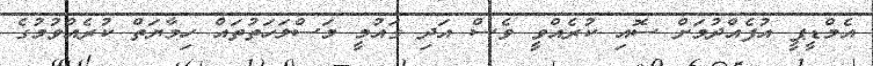
އެމްޑީޕީ އުފެއްދުމަށް ސޮއި ކުރެއްވީ ވެސް އަދި ގައުމީ މަސްލަހަތުތައް ހިމާޔަތް ކުރެއްވުމުގެ